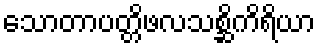
သောတာပတ္တိဖလသစ္ဆိကိရိယာ